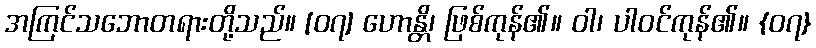
အကြင်သဘောတရားတို့သည်။ [၀၇] ဟောန္တိ၊ ဖြစ်ကုန်၏။ ဝါ၊ ပါဝင်ကုန်၏။ {၀၇}